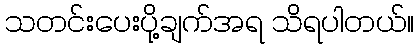
သတင်းပေးပို့ချက်အရ သိရပါတယ်။